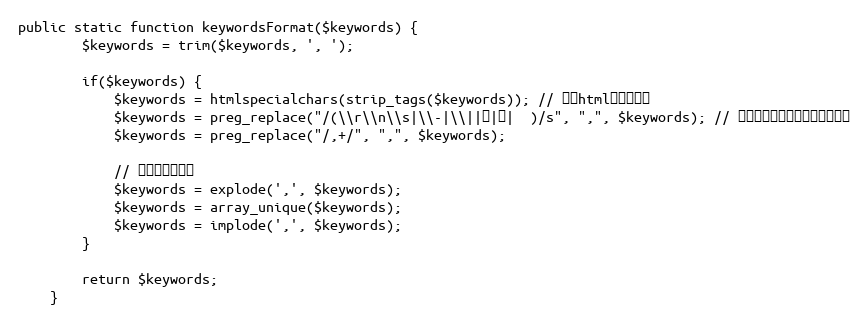
Language: PHP
public static function keywordsFormat($keywords) {
		$keywords = trim($keywords, ', ');

		if($keywords) {
			$keywords = htmlspecialchars(strip_tags($keywords)); // 去掉html和特殊符号
			$keywords = preg_replace("/(\\r\\n\\s|\\-|\\||，|、|　)/s", ",", $keywords); // 将空格，全角符号转为半角符号
			$keywords = preg_replace("/,+/", ",", $keywords);

			// 去掉重复的标签
			$keywords = explode(',', $keywords);
			$keywords = array_unique($keywords);
			$keywords = implode(',', $keywords);
		}

		return $keywords;
	}